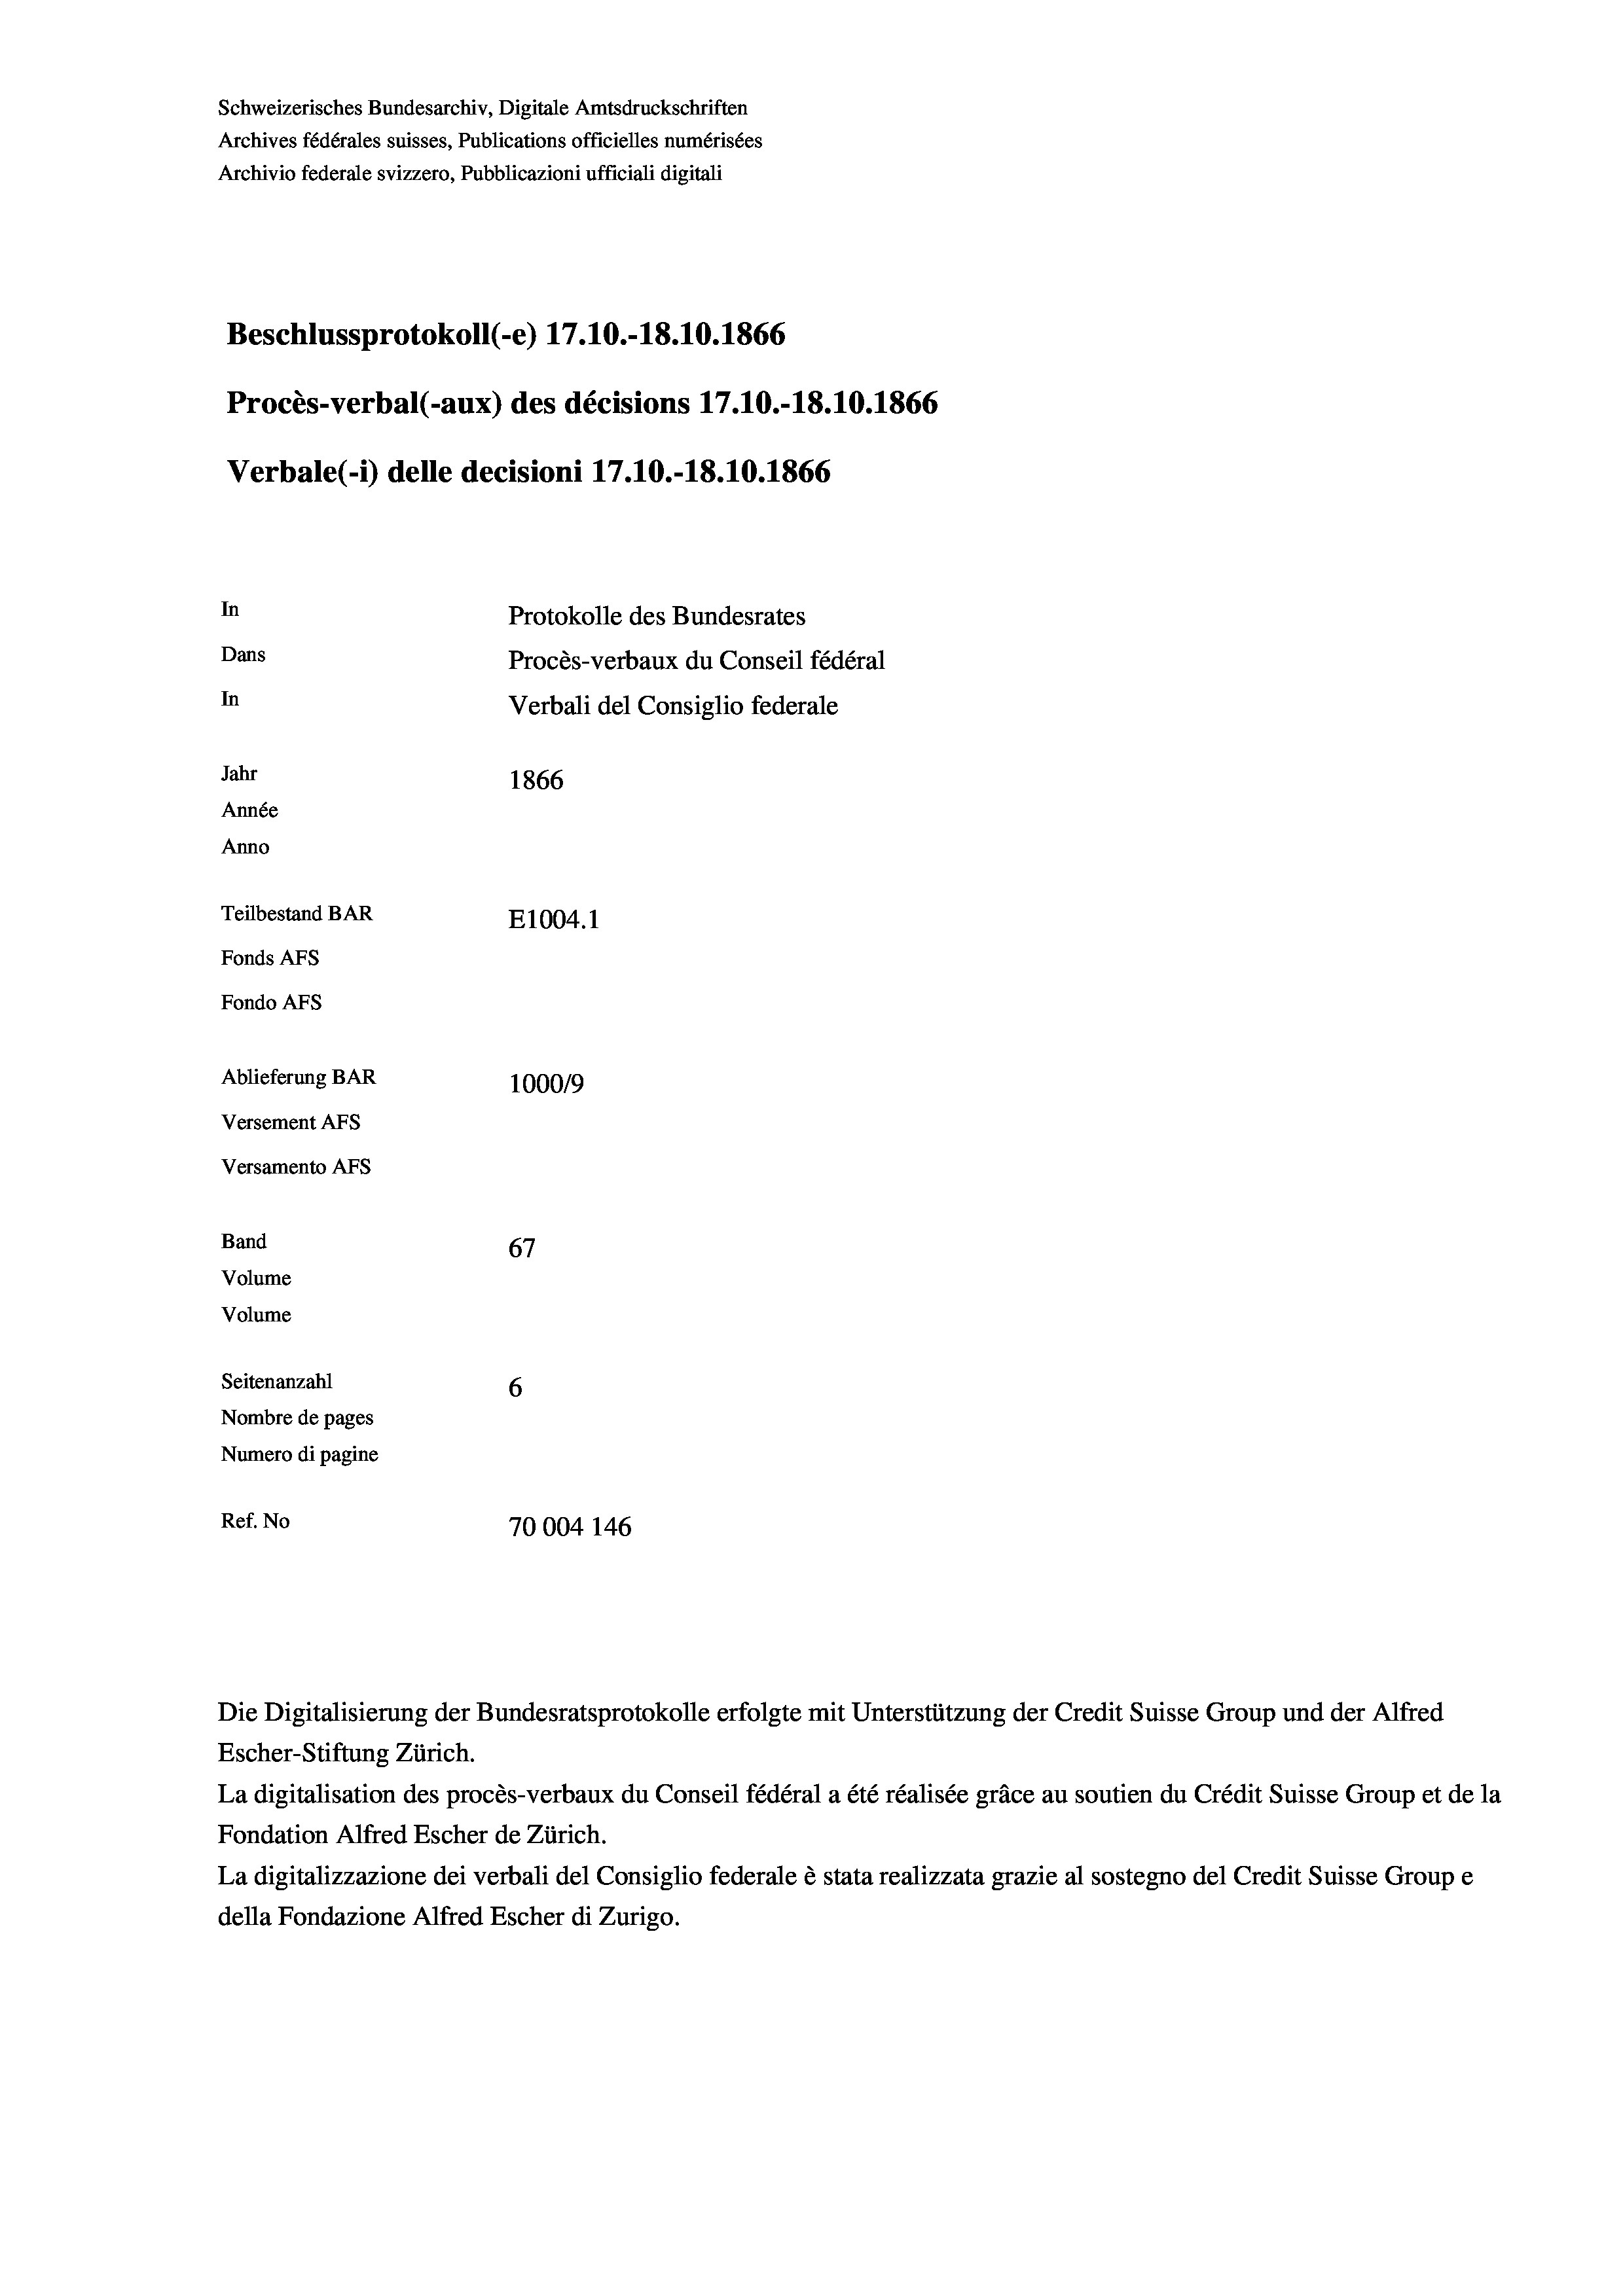
Schweizerisches Bundesarchiv, Digitale Amtsdruckschriften
Archives fédérales suisses, Publications officielles numérisées
Archivio federale svizzero, Pubblicazioni ufficiali digitali
Beschlussprotokoll (-e) 17.10.-18.10.1866
Procès-verbal (-aux) des décisions 17.10.-18.10.1866
Verbale(*) delle decisioni 17.10.-18.10.1866
In
Protokolle des Bundesrates
Dans
Procès-verbaux du Conseil fédéral
In
Verbali del Consiglio federale
Jahr
1866
Année
Anno
Teilbestand BAR
E1004.1
Fonds AFs
Fondo AFS
Ablieferung BAR
100019
Versement AFs

Versamento AFs
Band
Volume
Volume
Seitenanzahl

67
6
Nombre de pages
Numero di pagine
Ref. No
70004 146

La digitalisation des procès-verbaux du Conseil fédéral a été réalisée gräce au soutien du Crédit Suisse Group et de la
Fondation Alfred Escher de Zürich.
La digitalizzazione dei verbali del Consiglio federale è stata realizzata grazie al sostegno del Credit Suisse Groupe
della Fondazione Alfred Escher di Zurigo.

Die Digitalisierung der Bundesratsprotokolle erfolgte mit Unterstützung der Credit Suisse Group und der Alfred
Escher-Stiftung Zürich.